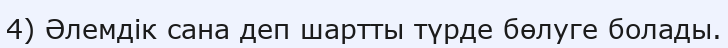
4) Әлемдік сана деп шартты түрде бөлуге болады.